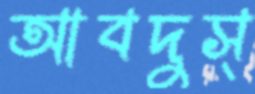
আবদুস্